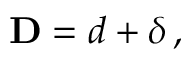
\begin{array} { r } { \mathbf { D } = \boldsymbol { d } + \boldsymbol { \delta } \, , } \end{array}